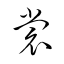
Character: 裳